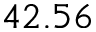
4 2 . 5 6